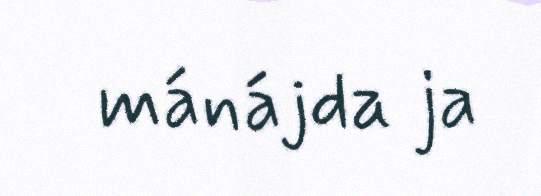
mánájda ja